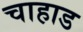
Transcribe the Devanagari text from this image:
चाहाड